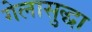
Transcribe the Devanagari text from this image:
गेलासुद्धा